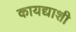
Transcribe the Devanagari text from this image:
कायद्याशी